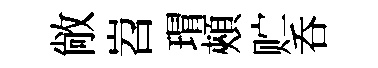
敞岧瑁頰贮呑